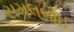
સમલબાઈ